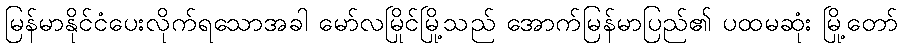
မြန်မာနိုင်ငံပေးလိုက်ရသောအခါ မော်လမြိုင်မြို့သည် အောက်မြန်မာပြည်၏ ပထမဆုံး မြို့တော်